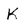
Character: K